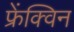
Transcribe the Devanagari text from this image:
फ्रेंक्विन